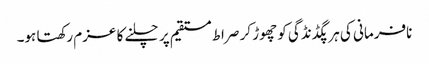
نافرمانی کی ہر پگڈنڈگی کو چھوڑ کر صراط مستقیم پر چلنے کا عزم رکھتا ہو۔